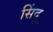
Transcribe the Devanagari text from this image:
सिंदू